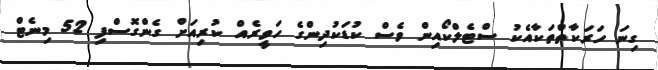
ގިނަ ހަރަކާތްތަކާއެކު ސްޓެލްކޯއިން ވެސް ކުޑަކުދިންގެ ހަވީރެއް ކުރިއަށް ގެންގޮސްފި 52 މިނެޓް